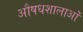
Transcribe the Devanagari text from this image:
औषधशालाओं